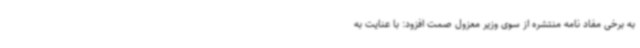
به برخی مفاد نامه منتشره از سوی وزیر معزول صمت افزود: با عنایت به